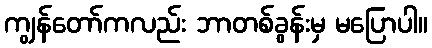
ကျွန်တော်ကလည်း ဘာတစ်ခွန်းမှ မပြောပါ။